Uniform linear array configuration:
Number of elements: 48
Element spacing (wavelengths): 1
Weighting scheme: hamming
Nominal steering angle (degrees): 15
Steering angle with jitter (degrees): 13.697
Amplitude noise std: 0.05
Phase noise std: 0.05

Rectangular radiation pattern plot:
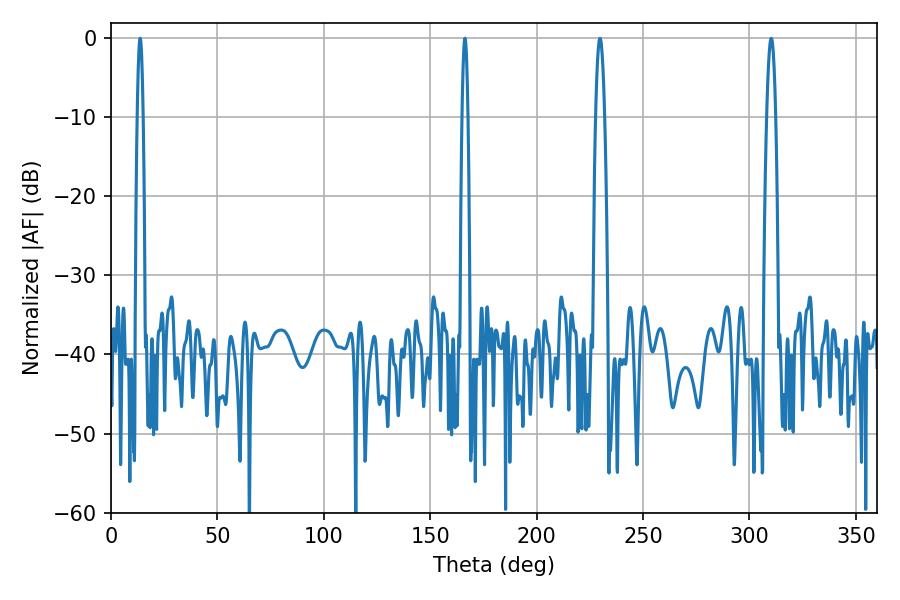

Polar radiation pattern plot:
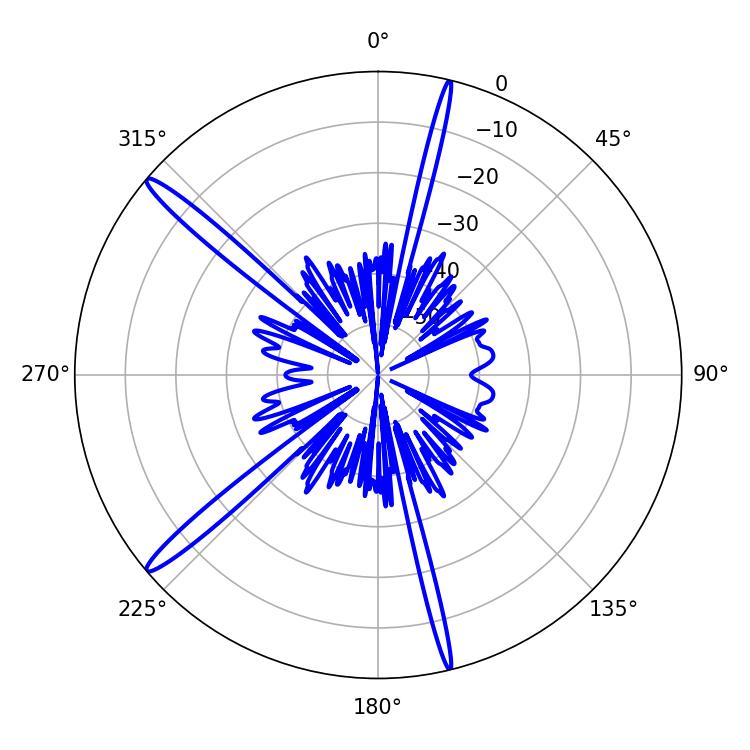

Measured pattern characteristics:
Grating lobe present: TRUE
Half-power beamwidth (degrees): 1.44
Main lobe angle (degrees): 166.32